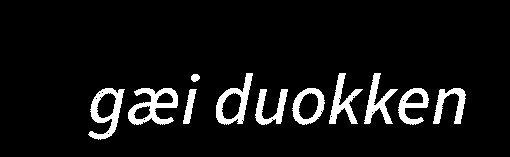
gæi duokken